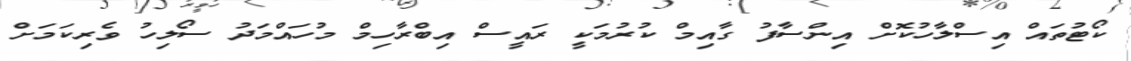
ކޯޓުތައް އިސްލާހުކޮށް އިންސާފު ގާއިމް ކުރުމަކީ ރައީސް އިބްރާހިމް މުހައްމަދު ސޯލިހު ވެރިކަމަށް